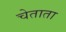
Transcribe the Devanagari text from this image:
चेताता